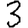
Digit: 3